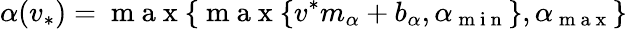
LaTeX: \alpha(v_{*})=\mathrm{~m~a~x~}\{ \mathrm{~m~a~x~}\{ v^{*}m_{\alpha}+b_{\alpha},\alpha_{\mathrm{~m~i~n~}}\} ,\alpha_{\mathrm{~m~a~x~}}\}